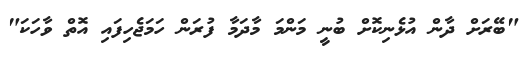
"ބޭރަށް ދާން އުޅެނިކޮށް ބުނީ މަންމަ މާދަމާ ފުރަން ހަމަޖެހިފައި އޮތް ވާހަކަ"